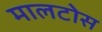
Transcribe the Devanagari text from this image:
मालटोस